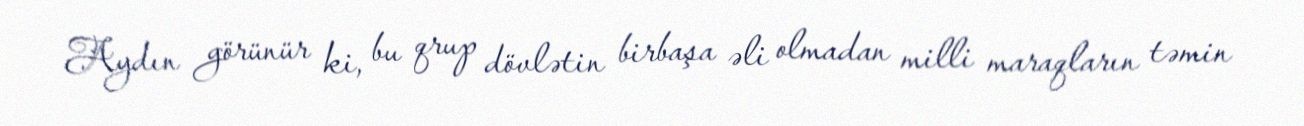
Aydın görünür ki, bu qrup dövlətin birbaşa əli olmadan milli maraqların təmin